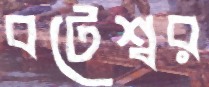
বটেশ্বর